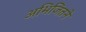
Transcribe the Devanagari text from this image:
अभिजितने